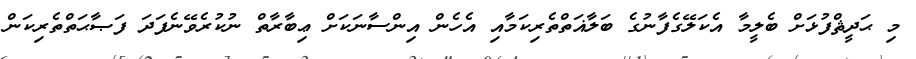
މި ޙަދީޘްފުޅަށް ބެލީމާ އެކަލޭގެފާނުގެ ބަލާޣަތްތެރިކަމާއި އެހެން އިންސާނަކަށް ޢިބާރާތް ނުކުރެވޭނެފަދަ ފަޞާޙަތްތެރިކަން